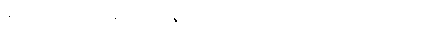
ဆင်ခြင်မဲ့ကင်းစွာ ရန်ရှာခြင်းပြုနိုင်လေသည်ဟု တစ်လီ တစ်ခန်း တွေးထင်ချက်